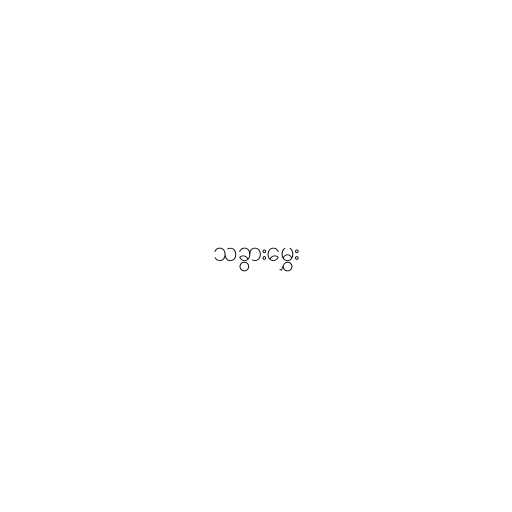
သခွားမွှေး